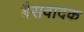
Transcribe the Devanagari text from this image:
बैसवादक